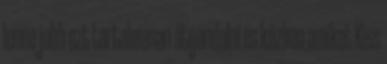
lenne jobb ezt tartalmasan átgondolni és közben amiket Kiss